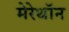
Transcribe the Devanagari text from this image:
मेरेथॉन